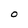
Character: O